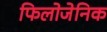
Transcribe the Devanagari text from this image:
फिलोजेनिक